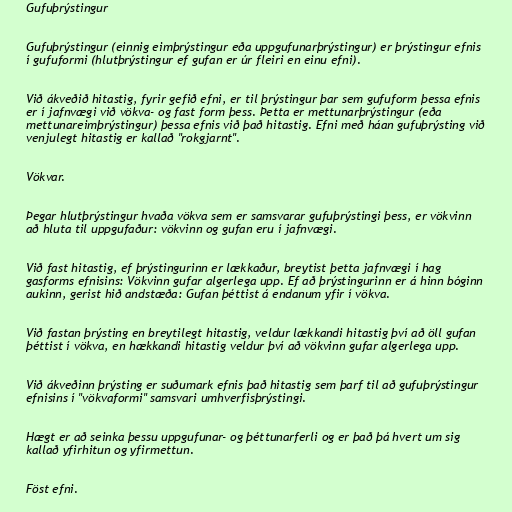
Gufuþrýstingur

Gufuþrýstingur (einnig eimþrýstingur eða uppgufunarþrýstingur) er þrýstingur efnis
í gufuformi (hlutþrýstingur ef gufan er úr fleiri en einu efni).

Við ákveðið hitastig, fyrir gefið efni, er til þrýstingur þar sem gufuform þessa efnis
er í jafnvægi við vökva- og fast form þess. Þetta er mettunarþrýstingur (eða
mettunareimþrýstingur) þessa efnis við það hitastig. Efni með háan gufuþrýsting við
venjulegt hitastig er kallað "rokgjarnt".

Vökvar.

Þegar hlutþrýstingur hvaða vökva sem er samsvarar gufuþrýstingi þess, er vökvinn
að hluta til uppgufaður: vökvinn og gufan eru í jafnvægi.

Við fast hitastig, ef þrýstingurinn er lækkaður, breytist þetta jafnvægi í hag
gasforms efnisins: Vökvinn gufar algerlega upp. Ef að þrýstingurinn er á hinn bóginn
aukinn, gerist hið andstæða: Gufan þéttist á endanum yfir í vökva.

Við fastan þrýsting en breytilegt hitastig, veldur lækkandi hitastig því að öll gufan
þéttist í vökva, en hækkandi hitastig veldur því að vökvinn gufar algerlega upp.

Við ákveðinn þrýsting er suðumark efnis það hitastig sem þarf til að gufuþrýstingur
efnisins í "vökvaformi" samsvari umhverfisþrýstingi.

Hægt er að seinka þessu uppgufunar- og þéttunarferli og er það þá hvert um sig
kallað yfirhitun og yfirmettun.

Föst efni.